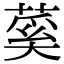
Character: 蒵